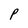
Character: P